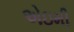
એઇમી